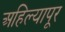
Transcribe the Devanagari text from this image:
अहिल्यापूर